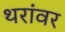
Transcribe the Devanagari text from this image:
थरांवर